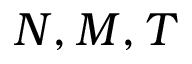
N , M , T